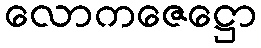
လောကဇေဋ္ဌော